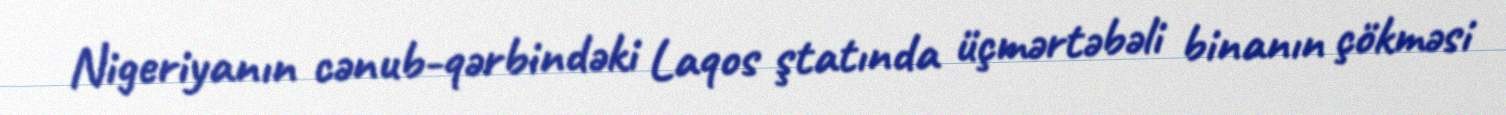
Nigeriyanın cənub-qərbindəki Laqos ştatında üçmərtəbəli binanın çökməsi